Civil Veterinary Department Bihar & Orissa reports 1922-29 - 1922-1929
Year: 1922
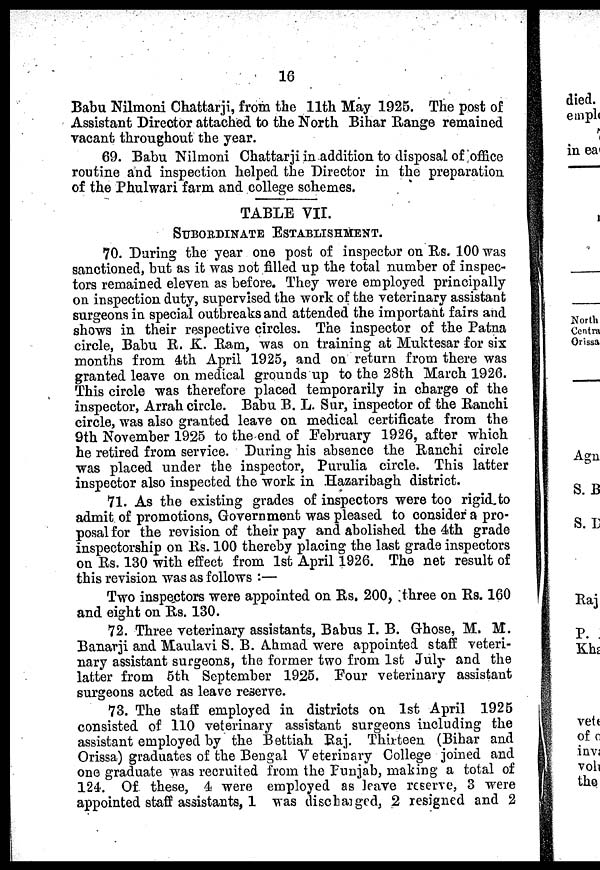
16
Babu Nilmoni Chattarji, from the 11th May 1925. The post of
Assistant Director attached to the North Bihar Range remained
vacant throughout the year.
69. Babu Nilmoni Chattarji in addition to disposal of office
routine and inspection helped the Director in the preparation
of the Phulwari farm and college schemes.
TABLE VII.
SUBORDINATE ESTABLISHMENT.
70. During the year one post of inspector on Rs. 100 was
sanctioned, but as it was not filled up the total number of inspec-
tors remained eleven as before. They were employed principally
on inspection duty, supervised the work of the veterinary assistant
surgeons in special outbreaks and attended the important fairs and
shows in their respective circles. The inspector of the Patna
circle, Babu R. K. Ram, was on training at Muktesar for six
months from 4th April 1925, and on return from there was
granted leave on medical grounds up to the 28th March 1926.
This circle was therefore placed temporarily in charge of the
inspector, Arrah circle. Babu B. L. Sur, inspector of the Ranchi
circle, was also granted leave on medical certificate from the
9th November 1925 to the end of February 1926, after which
he retired from service. During his absence the Ranchi circle
was placed under the inspector, Purulia circle. This latter
inspector also inspected the work in Hazaribagh district.
71. As the existing grades of inspectors were too rigid to
admit of promotions, Government was pleased to consider a pro-
posal for the revision of their pay and abolished the 4th grade
inspectorship on Rs. 100 thereby placing the last grade inspectors
on Rs. 130 with effect from 1st April 1926. The net result of
this revision was as follows :—
Two inspectors were appointed on Rs. 200, three on Rs. 160
and eight on Rs. 130.
72. Three veterinary assistants, Babus I. B. Ghose, M. M.
Banarji and Maulavi S. B. Ahmad were appointed staff veteri-
nary assistant surgeons, the former two from 1st July and the
latter from 5th September 1925. Pour veterinary assistant
surgeons acted as leave reserve.
73. The staff employed in districts on 1st April 1925
consisted of 110 veterinary assistant surgeons including the
assistant employed by the Bettiah Raj. Thirteen (Bihar and
Orissa) graduates of the Bengal Veterinary College joined and
one graduate was recruited from the Punjab, making a total of
124. Of. these, 4 were employed as leave reserve, 3 were
appointed staff assistants, 1 was dischaiged, 2 resigned and 2